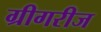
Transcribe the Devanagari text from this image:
ग्रीगरीज